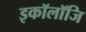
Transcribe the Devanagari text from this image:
इकॉलॉजि